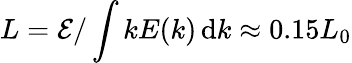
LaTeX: L={\cal E}/\int kE(k)\, \mathrm{d}k\approx 0.15L_{0}